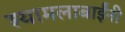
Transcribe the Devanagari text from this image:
श्यामलाबाईंनी